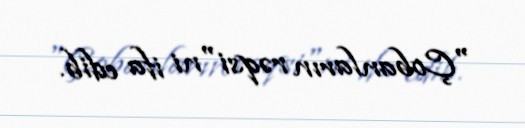
"Çobanların rəqsi"ni ifa edib.